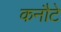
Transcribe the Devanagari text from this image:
कनौटे